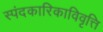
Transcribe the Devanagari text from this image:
स्पंदकारिकाविवृत्ति